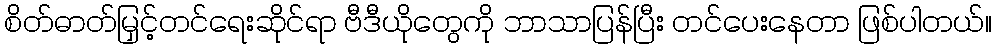
စိတ်ဓာတ်မြှင့်တင်ရေးဆိုင်ရာ ဗီဒီယိုတွေကို ဘာသာပြန်ပြီး တင်ပေးနေတာ ဖြစ်ပါတယ်။